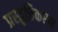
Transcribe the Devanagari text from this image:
प्रस्तुत्तिकरण